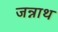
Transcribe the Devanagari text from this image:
जन्नाथ